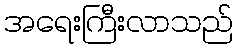
အရေးကြီးလာသည်